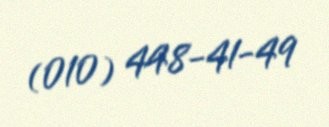
(010) 448-41-49